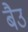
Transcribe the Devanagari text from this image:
बैउ